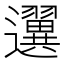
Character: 𨙒